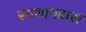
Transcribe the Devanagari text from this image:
स्मशानवास